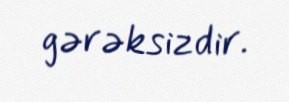
gərəksizdir.